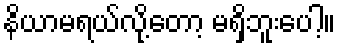
နိယာမရယ်လို့တော့ မရှိဘူးပေါ့။